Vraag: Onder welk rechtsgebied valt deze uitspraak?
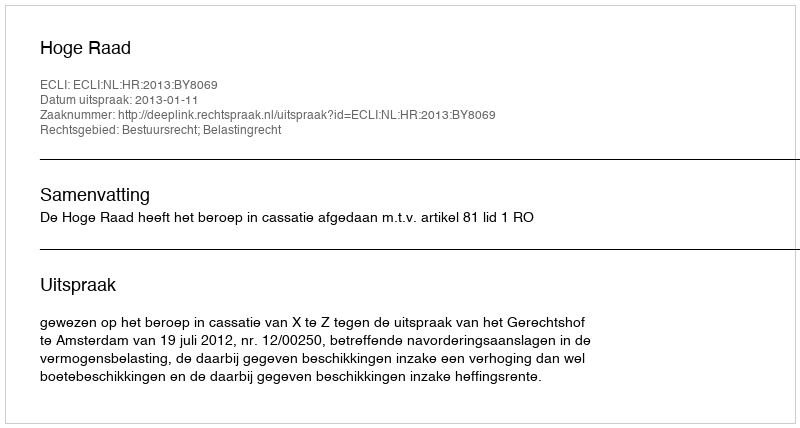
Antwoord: Bestuursrecht; Belastingrecht